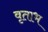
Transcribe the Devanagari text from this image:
वृताभ